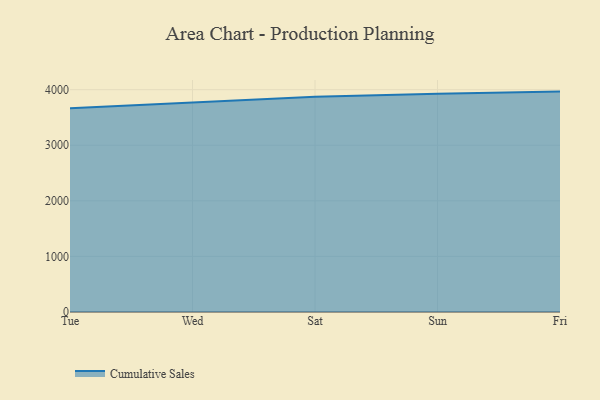
{"axis": {"x": "Day", "y": "Gross Profit (USD K)"}, "legend": ["Cumulative Sales"], "data": [{"x": "Tue", "y": 3667.9, "type": "Cumulative Sales"}, {"x": "Wed", "y": 3772.1, "type": "Cumulative Sales"}, {"x": "Sat", "y": 3874.2, "type": "Cumulative Sales"}, {"x": "Sun", "y": 3929.2, "type": "Cumulative Sales"}, {"x": "Fri", "y": 3965.8, "type": "Cumulative Sales"}]}